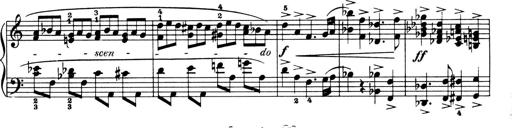
Title: 4 Sonatines
Composer: Max Reger